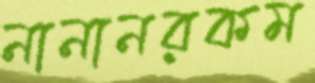
নানানরকম